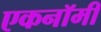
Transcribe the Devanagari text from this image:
एकनॉमी